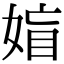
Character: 𡞙